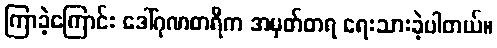
ကြာခဲ့ကြောင်း ဒေါ်ဂုဏစာရီက အမှတ်တရ ရေးသားခဲ့ပါတယ်။